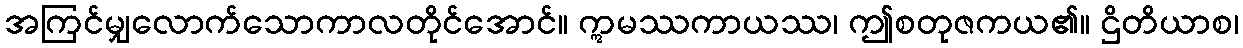
အကြင်မျှလောက်သောကာလတိုင်အောင်။ ဣမဿကာယဿ၊ ဤစတုဇကယ၏။ ဌိတိယာစ၊